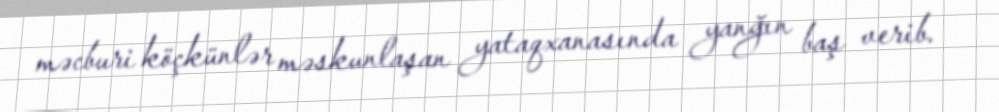
məcburi köçkünlər məskunlaşan yataqxanasında yanğın baş verib.